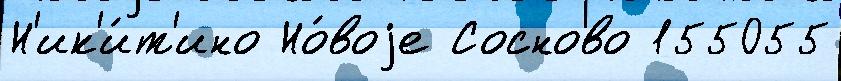
Н'ик'и́т'ино Но́воjе Сосново 155055